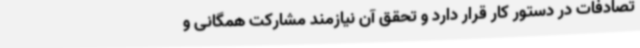
تصادفات در دستور کار قرار دارد و تحقق آن نیازمند مشارکت همگانی و